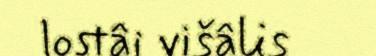
lostâi višâlis